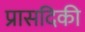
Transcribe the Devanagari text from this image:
प्रासदिकी